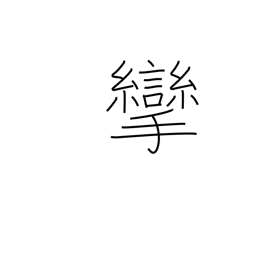
Meaning: bent